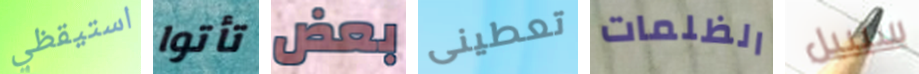
استيقظي تأتوا بعض تعطينى الظلمات سيبيل